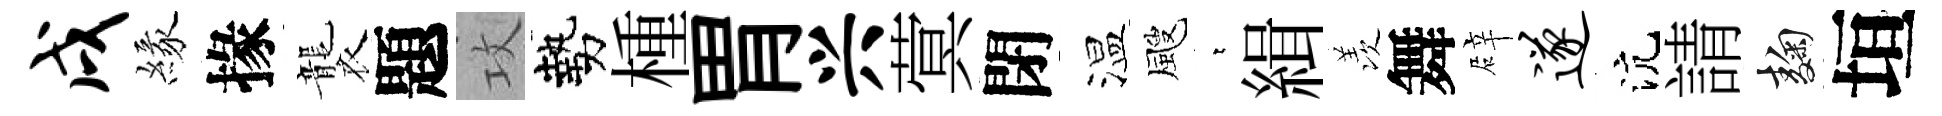
戌緣掾襲題攻勢㮔胃兴蓂閉温颼萋緝羡舞辟遂沆請麹垣